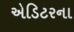
એડિટરના